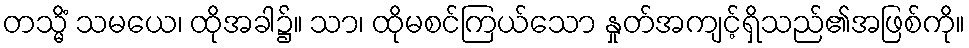
တသ္မိံ သမယေ၊ ထိုအခါ၌။ သာ၊ ထိုမစင်ကြယ်သော နှုတ်အကျင့်ရှိသည်၏အဖြစ်ကို။